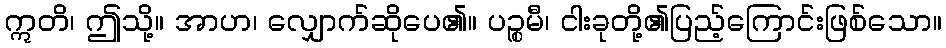
ဣတိ၊ ဤသို့။ အာဟ၊ လျှောက်ဆိုပေ၏။ ပဉ္စမီ၊ ငါးခုတို့၏ပြည့်ကြောင်းဖြစ်သော။